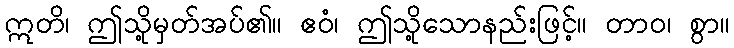
ဣတိ၊ ဤသို့မှတ်အပ်၏။ ဧဝံ၊ ဤသို့သောနည်းဖြင့်။ တာဝ၊ စွာ။